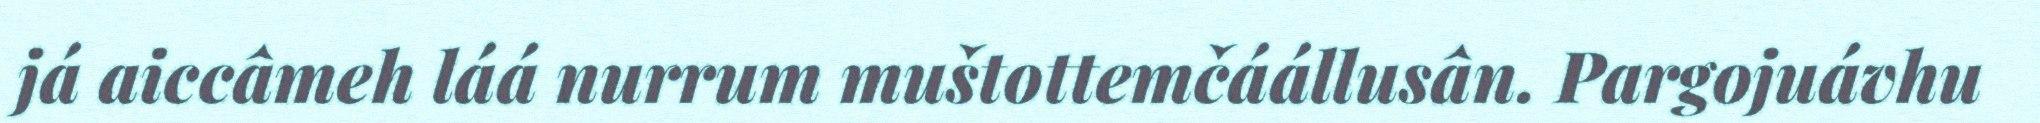
já aiccâmeh láá nurrum muštottemčáállusân. Pargojuávhu